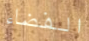
الفضاء